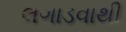
લગાડવાથી